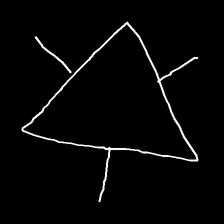
Glyph: fire